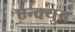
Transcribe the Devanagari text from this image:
एन्क्युब